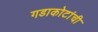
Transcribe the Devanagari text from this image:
गडाकोटांची